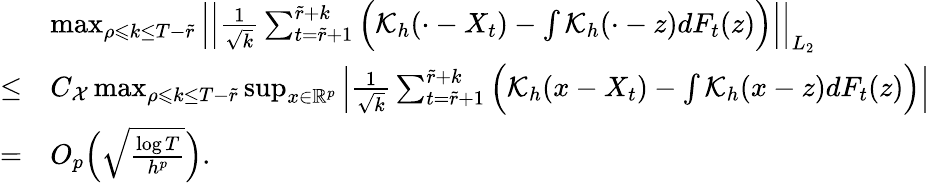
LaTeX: \begin{array}{rl}&{\operatorname*{max}_{\rho\leqslant k\leq T-\widetilde{r}}\Big|\Big|\frac{1}{\sqrt{k}}\sum_{t=\widetilde{r}+1}^{\widetilde{r}+k}\Big(\mathcal{K}_{h}(\cdot-X_{t})-\int\mathcal{K}_{h}(\cdot-z)dF_{t}(z)\Big)\Big|\Big|_{L_{2}}}\\ {\le}&{C_{\mathcal{X}}\operatorname*{max}_{\rho\leqslant k\leq T-\widetilde{r}}\operatorname*{sup}_{x\in\mathbb{R}^{p}}\Big|\frac{1}{\sqrt{k}}\sum_{t=\widetilde{r}+1}^{\widetilde{r}+k}\Big(\mathcal{K}_{h}(x-X_{t})-\int\mathcal{K}_{h}(x-z)dF_{t}(z)\Big)\Big|}\\ {=}&{O_{p}\Big(\sqrt{\frac{\log T}{h^{p}}}\Big).}\end{array}